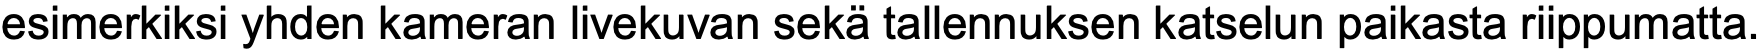
esimerkiksi yhden kameran livekuvan sekä tallennuksen katselun paikasta riippumatta.